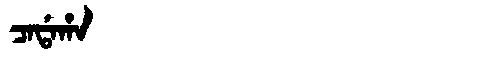
Manchu: ᠴᠠᡩᠠᡥᠠ
Romanization: CADAHA